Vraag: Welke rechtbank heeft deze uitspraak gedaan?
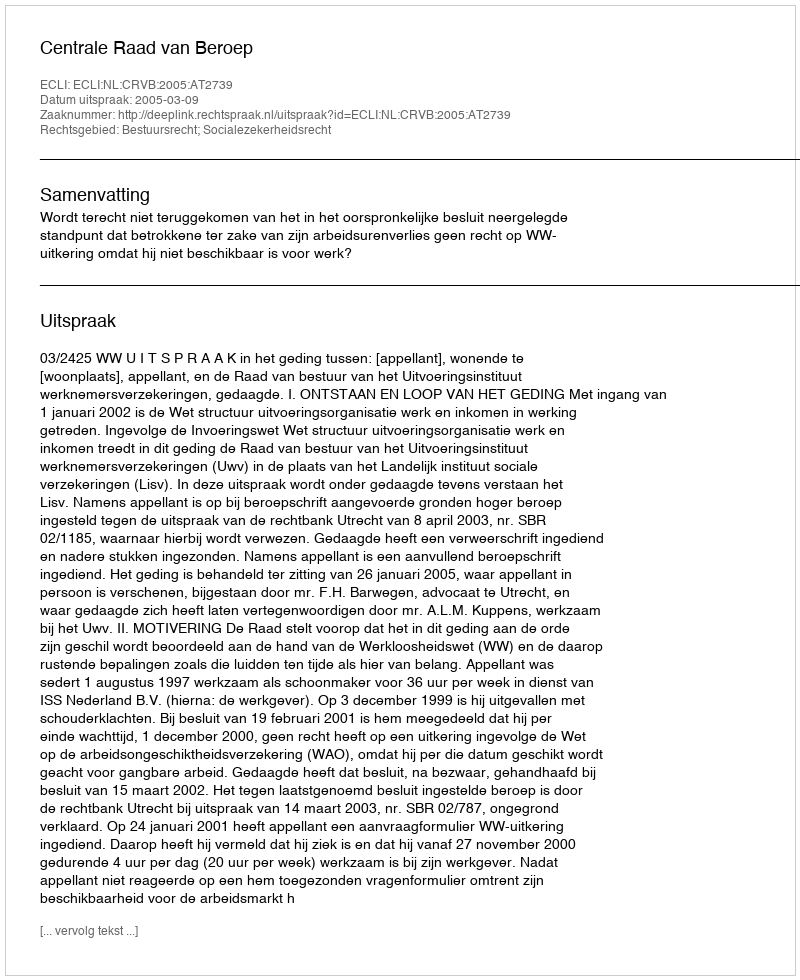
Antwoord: Centrale Raad van Beroep